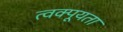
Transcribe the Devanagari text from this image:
त्वक्पूयता